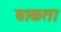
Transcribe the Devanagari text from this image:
वाकता